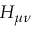
H _ { \mu \nu }